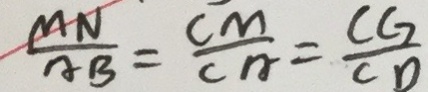
\frac { M N } { C B } = \frac { C M } { C A } = \frac { C G } { C D }